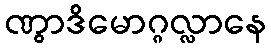
ဏွာဒိမောဂ္ဂလ္လာနေ